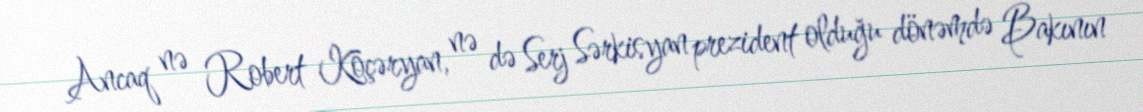
Ancaq nə Robert Köçəryan, nə də Serj Sərkisyan prezident olduğu dönəmdə Bakının